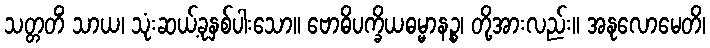
သတ္တတိံ သာယ၊ သုံးဆယ့်ခုနှစ်ပါးသော။ ဗောဓိပက္ခိယဓမ္မာနဉ္စ၊ တို့အားလည်း။ အနုလောမေတိ၊